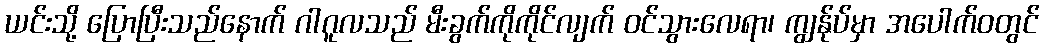
ယင်းသို့ ပြောပြီးသည်နောက် ဂါဂူလသည် မီးခွက်ကိုကိုင်လျက် ဝင်သွားလေရာ၊ ကျွန်ုပ်မှာ အပေါက်ဝတွင်